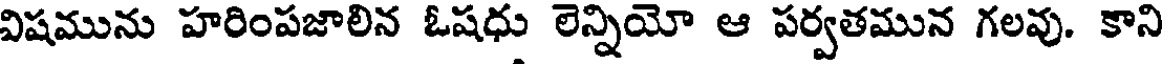
విషమును హరింపజాలిన ఓషధు లెన్నియో ఆ పర్వతమున గలవు. కాని